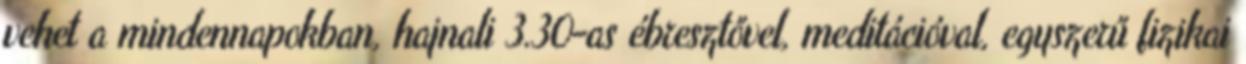
vehet a mindennapokban, hajnali 3.30-as ébresztővel, meditációval, egyszerű fizikai